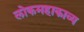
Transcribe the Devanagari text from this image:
लोकमहाकाव्य